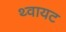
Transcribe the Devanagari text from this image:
थ्वायट